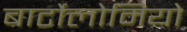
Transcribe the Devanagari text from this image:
बार्टोलोमियो